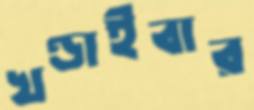
খণ্ডাইবার